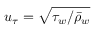
u _ { \tau } = \sqrt { \tau _ { w } / \bar { \rho } _ { w } }